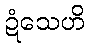
ဍံသေဟိ